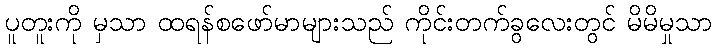
ပူတူးကို မှသာ ထရန်စဖော်မာများသည် ကိုင်းတက်ခွလေးတွင် မိမိမှုသာ